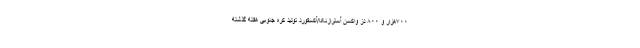
۷۰۰هزار و ۸۰۰ دز واکسن آسترازنکا/آکسفورد تولید کره جنوبی هفته گذشته